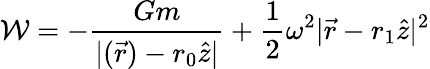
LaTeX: {\cal{W}}=-{\frac{Gm}{|({\vec{r}})-r_{0}{\hat{z}}|}}+{\frac{1}{2}}\omega^{2}|{\vec{r}}-r_{1}{\hat{z}}|^{2}